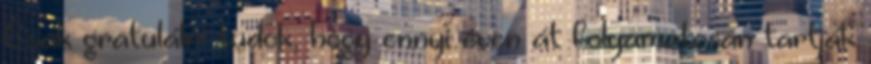
Csak gratulálni tudok, hogy ennyi éven át folyamatosan tartják